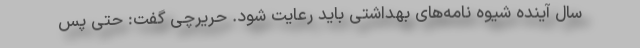
سال آینده شیوه نامه‌های بهداشتی باید رعایت شود. حریرچی گفت: حتی پس